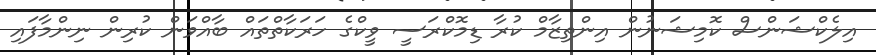
އިލެކްޝަންސް ކޮމިޝަނުން އިންތިޒާމް ކުރާ ޑިމޮކްރަސީ ވީކްގެ ހަރަކާތްތައް ބާއްވަން ކުރިން ނިންމާފައި